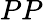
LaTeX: PP